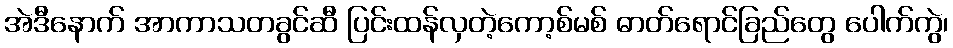
အဲဒီနောက် အာကာသတခွင်ဆီ ပြင်းထန်လှတဲ့ကော့စ်မစ် ဓာတ်ရောင်ခြည်တွေ ပေါက်ကွဲ၊